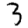
Digit: 3